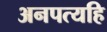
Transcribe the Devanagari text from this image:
अनपत्यहि